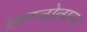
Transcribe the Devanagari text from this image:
लग्नोत्पन्न